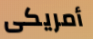
أمريكى